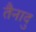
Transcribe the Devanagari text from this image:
तैनादु